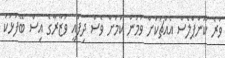
ވުރެ ކޮންޕްލެސް އެއްޗަކަށް ވުމުން ކަމަށް ވެސް ދިފާއީ ވުޒާރާގެ އިސް ބޭފުޅަކު